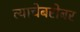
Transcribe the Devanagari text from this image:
त्याचेबरोबर